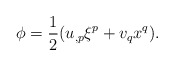
\begin{align*}\phi=\frac{1}{2}(u_{,p}\xi^p+v_qx^q).\end{align*}